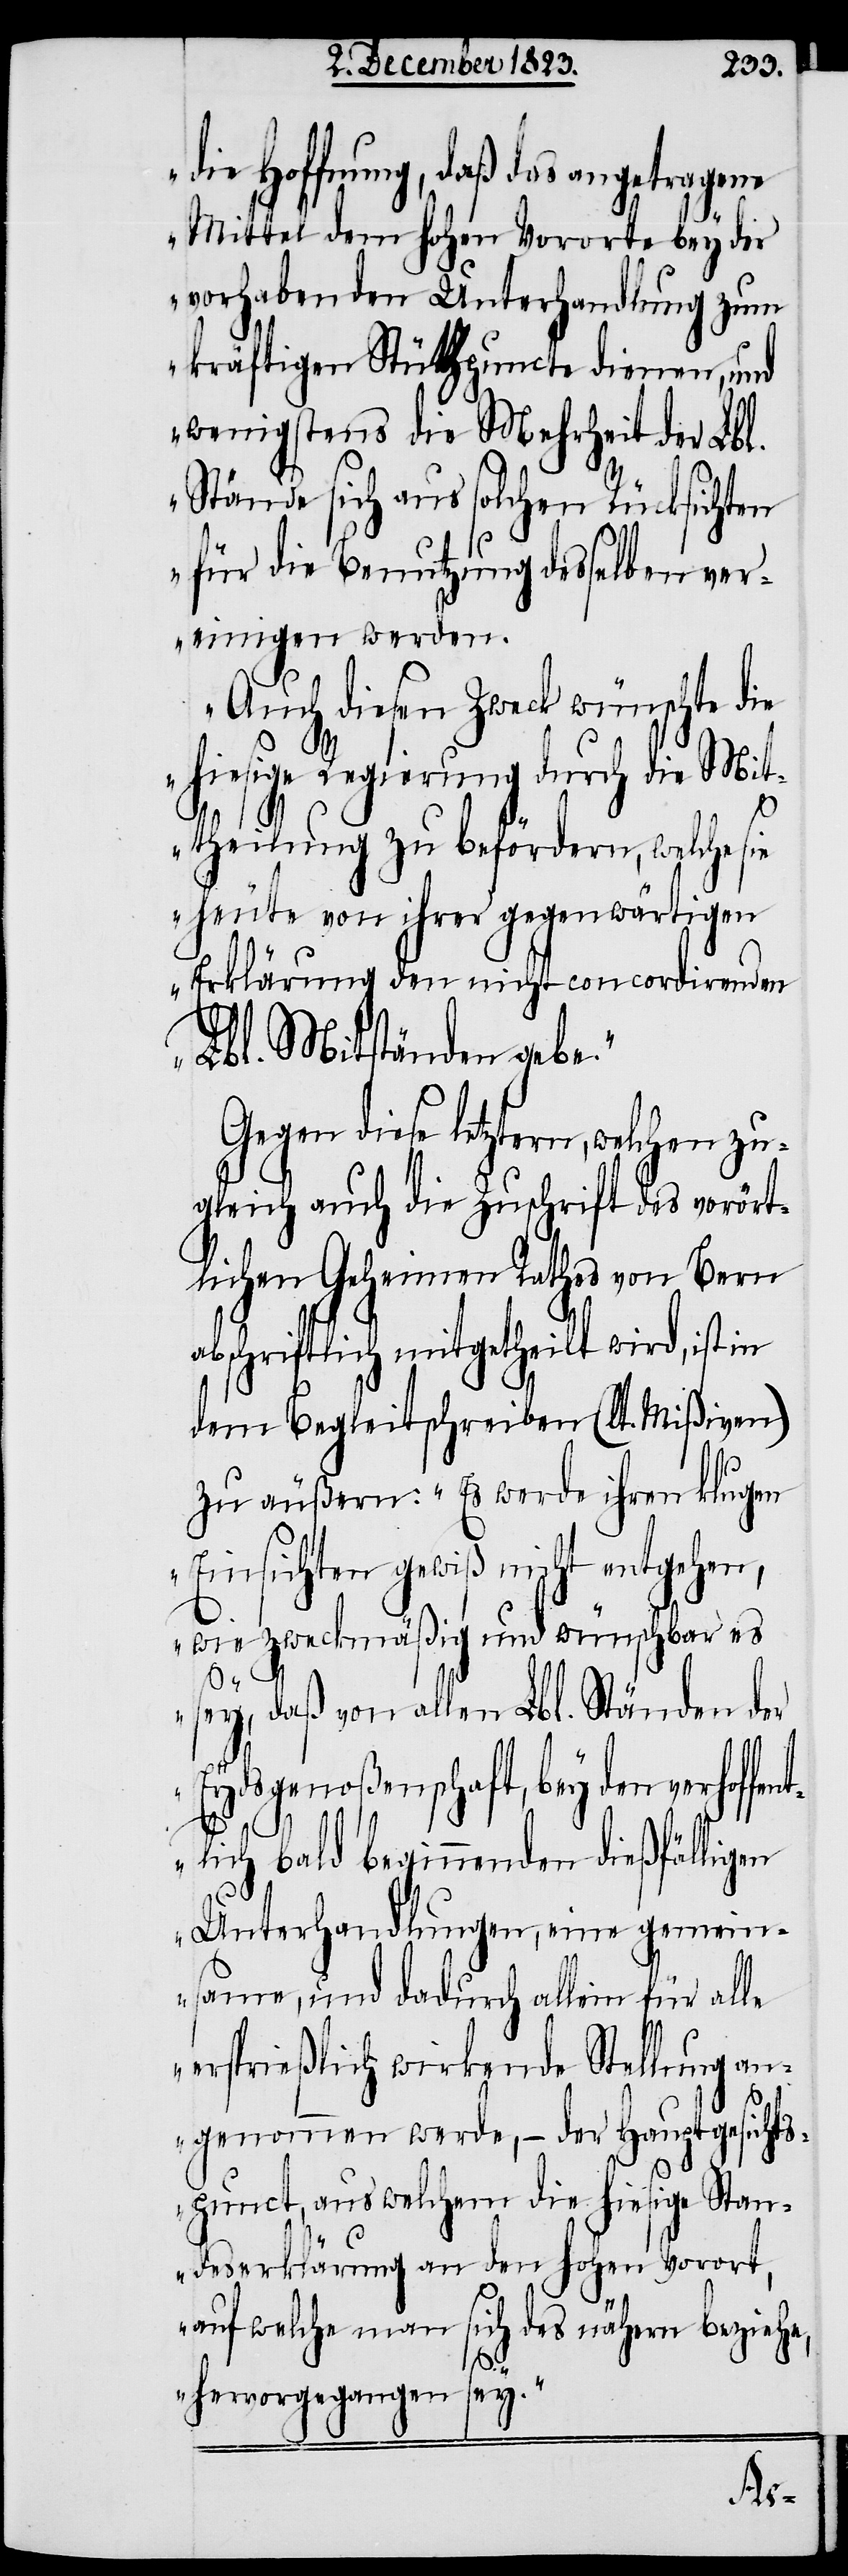
die Hoffnung, daß das angetragene
Mittel dem hohen Vororte bey der
vorhabenden Unterhandlung zum
kräftigen Stützpuncte dienen, und
wenigstens die Mehrheit der Lbl.
Stände sich aus solchen Rücksichten
für die Benutzung desselben ver¬
einigen werden.
Auch diesen Zweck wünschte die
hiesige Regierung durch die Mit¬
theilung zu befördern, welche sie
heute von ihrer gegenwärtigen
Erklärung den nicht concordirenden
Lbl. Mitständen gebe.“
Gegen diese letztern, welchen zu¬
gleich auch die Zuschrift des vorört¬
lichen Geheimen Rathes von Bern
abschriftlich mitgetheilt wird, ist in
dem Begleitschreiben (lt. Mißiven)
zu äußern: „Es werde ihren klugen
Einsichten gewiß nicht entgehen,
wie zweckmäßig und wünschbar es
sey, daß von allen Lbl. Ständen der
Eydsgenoßenschaft, bey den verhoffent¬
lich bald beginnenden dießfälligen
Unterhandlungen, eine gemein¬
same, und dadurch allein für alle
ersprießlich wirkende Stellung an¬
genommen werde, − der Hauptgesichts¬
punct, aus welchem die hiesige Stan¬
deserklärung an den hohen Vorort,
auf welche man sich des nähern beziehe,
hervorgegangen sey.“